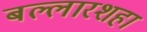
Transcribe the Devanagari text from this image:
बल्लारशहा